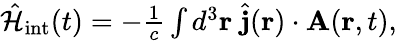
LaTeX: \begin{array}{r}{\hat{\mathcal{H}}_{\mathrm{int}}(t)=-\frac{1}{c}\int d^{3}{\mathbf r}\; \hat{{\mathbf j}}({\mathbf r})\cdot{\mathbf A}({\mathbf r},t),}\end{array}